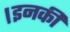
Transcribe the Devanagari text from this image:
।इनकी